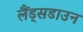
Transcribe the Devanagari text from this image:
लैंड्सडाउन